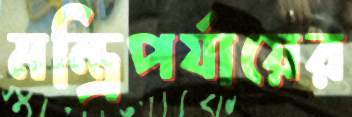
মন্ত্রিপর্যায়ের